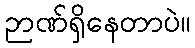
ဉာဏ်ရှိနေတာပဲ။